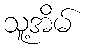
သူ့အိမ်